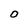
Character: O